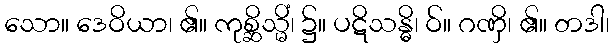
သော။ ဒေဝိယာ၊ ၏။ ကုစ္ဆိသ္မိံ၊ ၌။ ပဋိသန္ဓိ၊ ဝ်။ ဂဏှိ၊ ၏။ တဒါ၊